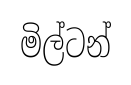
මිල්ටන්